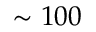
\sim 1 0 0